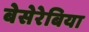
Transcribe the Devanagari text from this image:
बेसेरेबिया